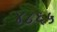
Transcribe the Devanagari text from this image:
४८६५